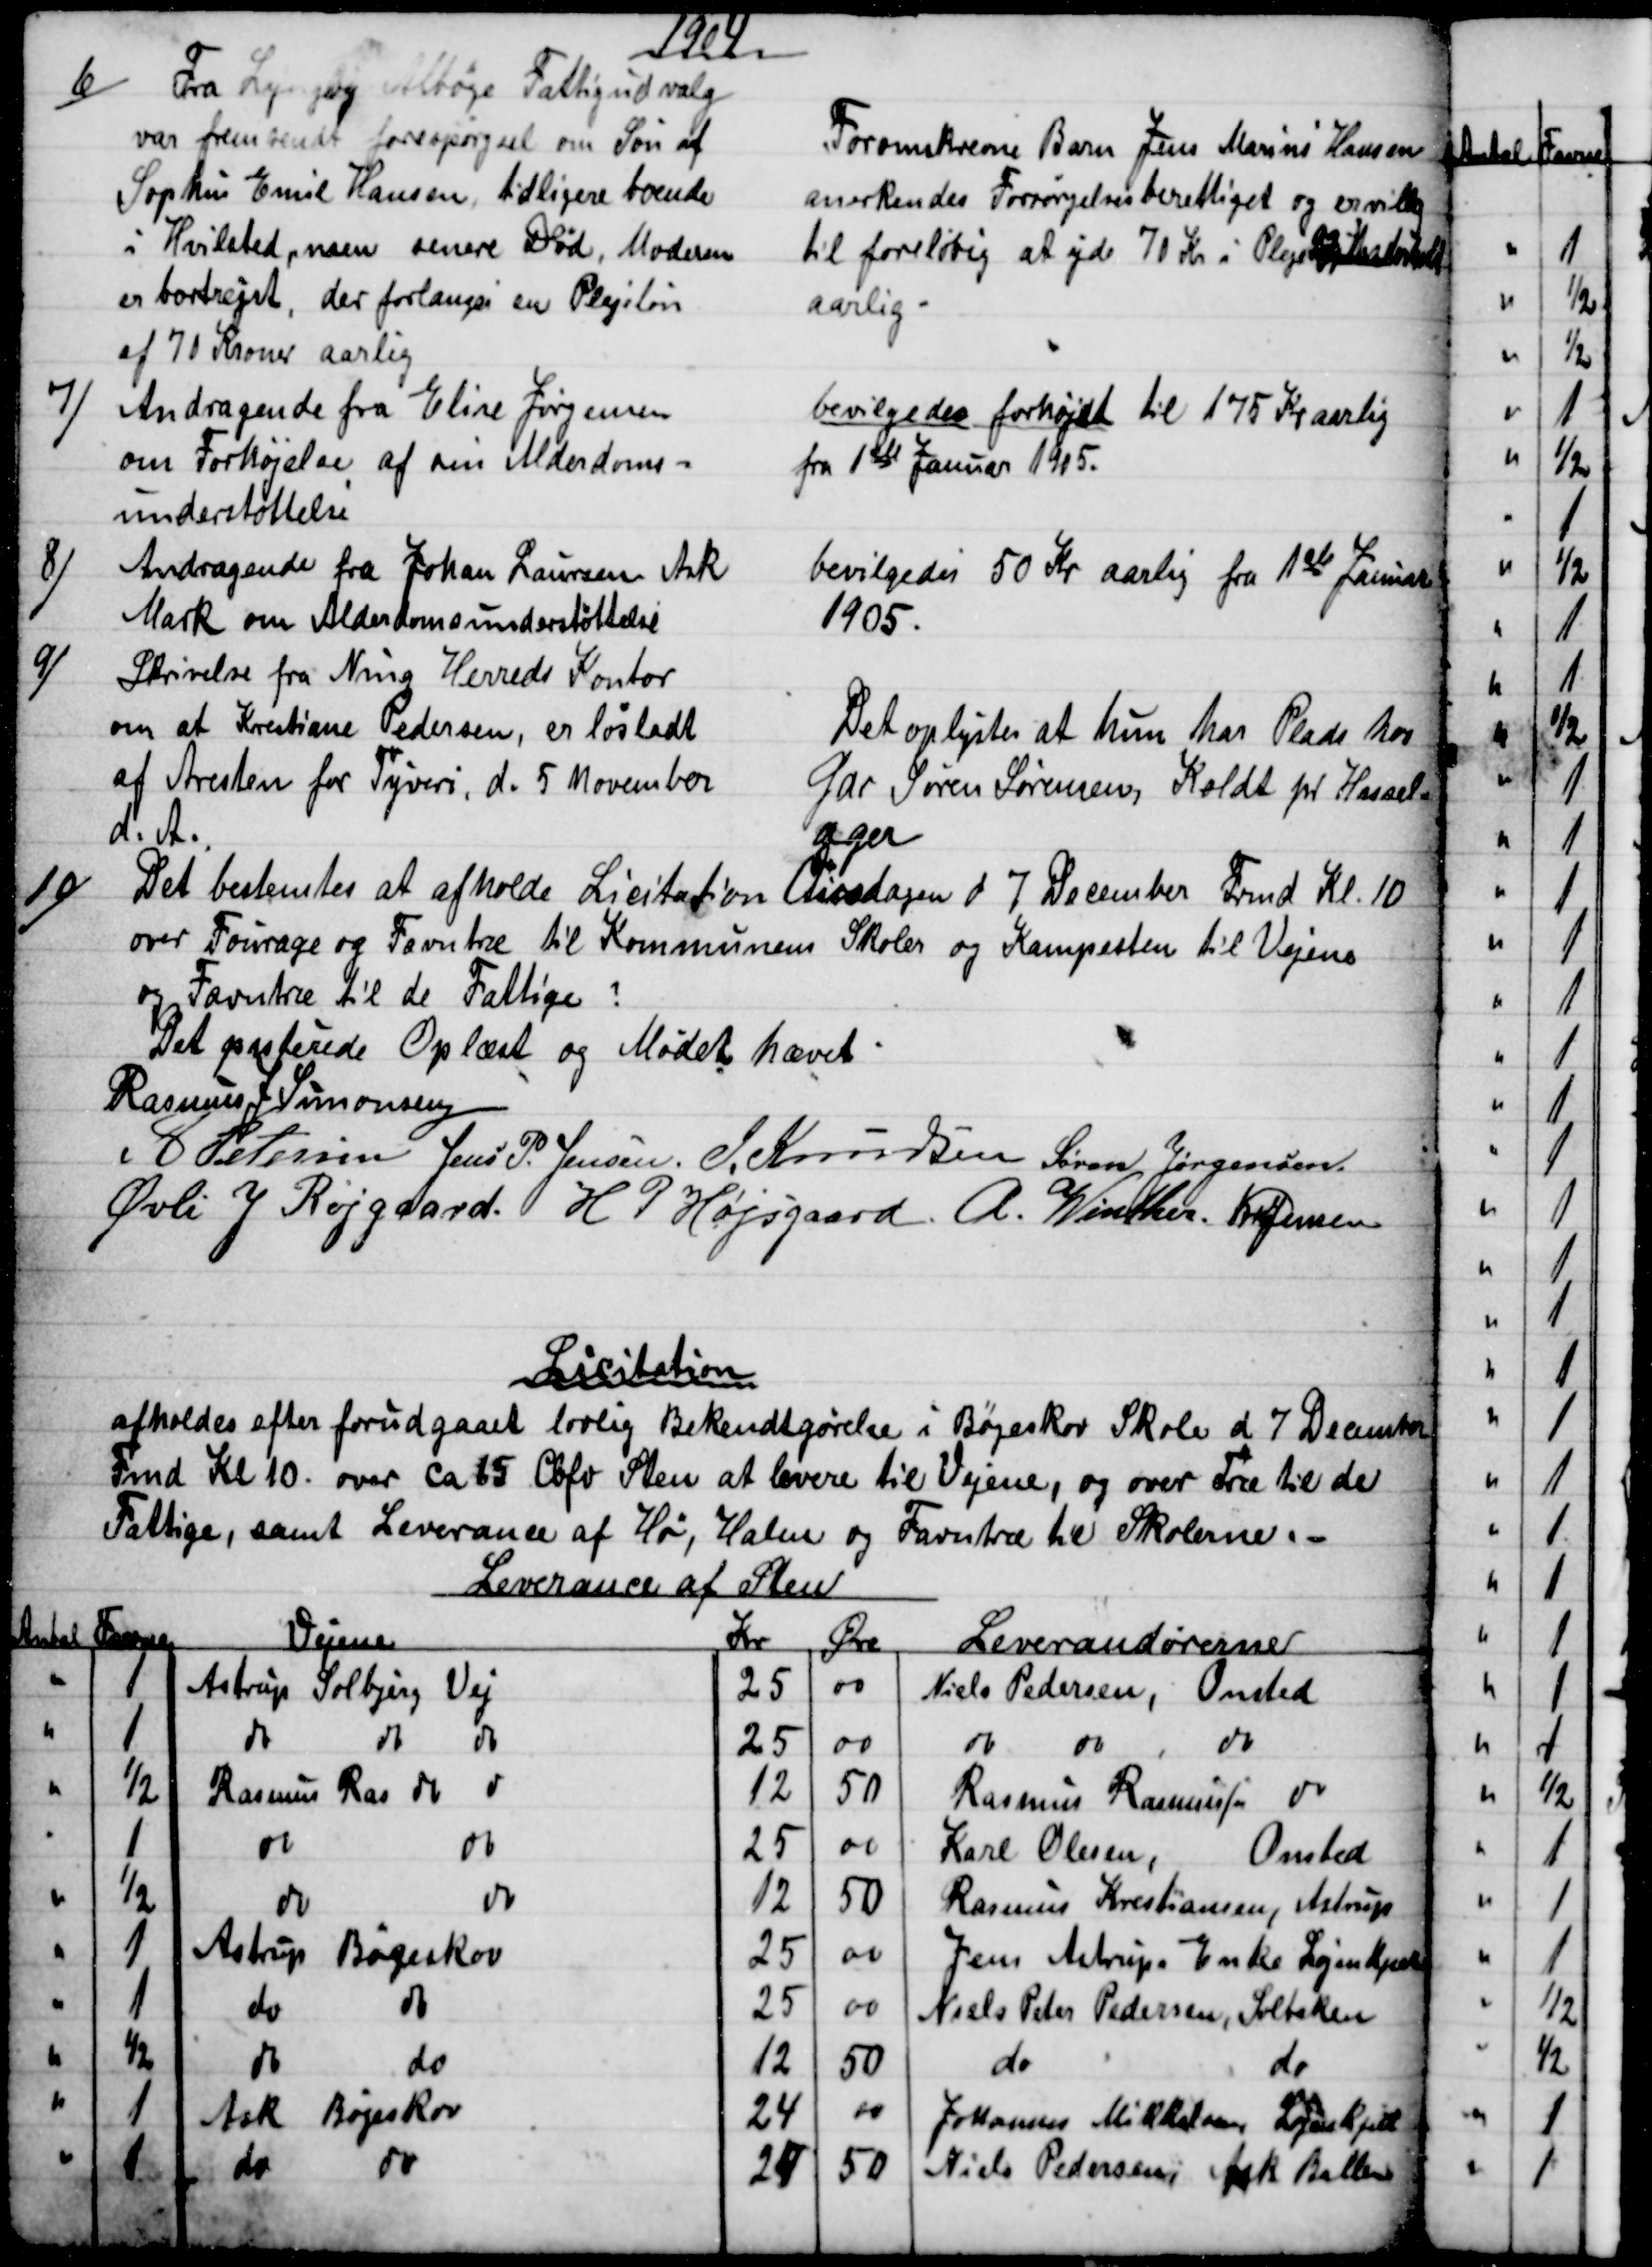
Transskription:
1904
6)
Fra Lyngby Albøge Fattigudvalg
var fremsendt forespørgsel om Søn af
Sophus Emil Hansen, tidligere boende
i Hvilsted, men senere Død, Moderen
er bortrejst, der forlanges en Plejeløn
af 70 Kroner aarlig
Foromskrevne Barn Jens Marius Hansen
anerkendes Forsørgelsesberettiget og er villig
til foreløbig at yde 70 Kr i Pleje
og

aarlig
7)
Andragende fra Elise Jørgensen
om Forhøjelse af sin Alderdoms -
understøttelse
bevilgedes forhøjet til 175 Kr aarlig
fra 1ste Januar 1905.
8)
Andragende fra Johan Laursen Ask
Mark om Alderdomsunderstøttelse
bevilgedes 50 Kr aarlig fra 1ste Januar
1905.
9)
Skrivelse fra Ning Herreds Kontor
om at Kristiane Pedersen, er løsladt
af Aresten for Tyveri, d. 5 November
d.A.
Det oplystes at hun har Plads hos
Gdr Søren Sørensen, Koldt pr Hassel-
ager
10)
Det bestemtes at afholde Licitation Onsdagen d 7 December Frmd Kl. 10
over Fourage og Favntræ til Kommunens Skoler og Kampesten til Vejene
og Favntræ til de Fattige ?
Der passerede Oplæst og Mødet hævet.
Rasmus J Simonsen
A Petersen Jens P. Jensen. J Knudsen Søren Jørgensen
Øvli J Røjgaard. H P Højsgaard. A. Winther. Kr Jensen
Licitation
afholdes efter forudgaaet lovlig Bekendtgørelse i Bøgeskov Skole d. 7 December
 Fmd Kl 10. over ca 15 Cbfv Sten at levere til Vejene, og over Træ til de
Fattige, samt Leverance af Hø, Halm og Favntræ til Skolerne.  
Leverance af Sten
Antal
Favne
Vejene
Kr
Øre
Leverandørerne
1
Astrup Solbjerg Vej
25
00
Niels Pedersen, Onsted
1
do
do
do
25
00
do 
do 
do
½
Rasmus Ras do
do
12
50
Rasmus Rasmussen do
1
do
do
25
do
Karl Olesen
Onsted
½
do
do
12
50
Rasmus Kristiansen, Astrup
1
Astrup Bøgeskov
25
00
Jens Astrups Enke Løjenkjær
1
do
do
25
00
Niels Peter Pedersen, Solbaken
½
do
do
12
50
do
do
1
Ask Bøgeskov
24
00
Johannes Mikkelsen, Løjenkjær
1
do
do
24
50
Niels Pedersen Ask Ballen